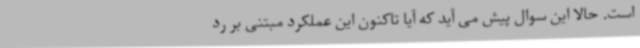
است. حالا این سوال پیش می آید که آیا تاکنون این عملکرد مبتنی بر رد